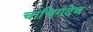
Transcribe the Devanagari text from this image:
चाचिगदेव